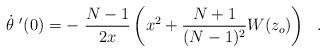
LaTeX: \begin{align*}\dot{\theta}\ '(0)= -\ \frac{N-1}{2x} \left(x^2 +\frac{N+1}{(N-1)^2}W(z_o)\right) \ \ .\end{align*}